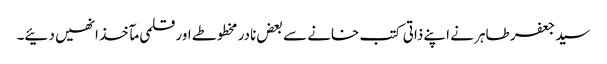
سید جعفر طاہر نے اپنے ذاتی کتب خانے سے بعض نادر مخطوطے اور قلمی مآخذ انھیں دئیے۔